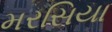
મરસિયા